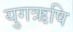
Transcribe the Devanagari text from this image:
युगऋषि